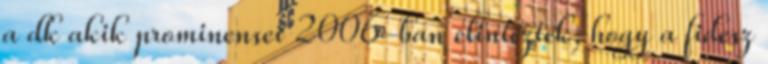
a dk akik prominensei 2006-ban elintézték, hogy a fidesz